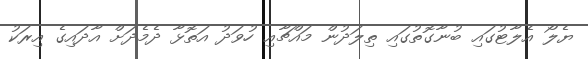
ޔެލޯ އެލާޓުގައި ބުނާގޮތުގައި ތިލަދުން މައްޗާއި ހުވަދު އަތޮޅާ ދެމެދަށް އާދައިގެ އިރަކު